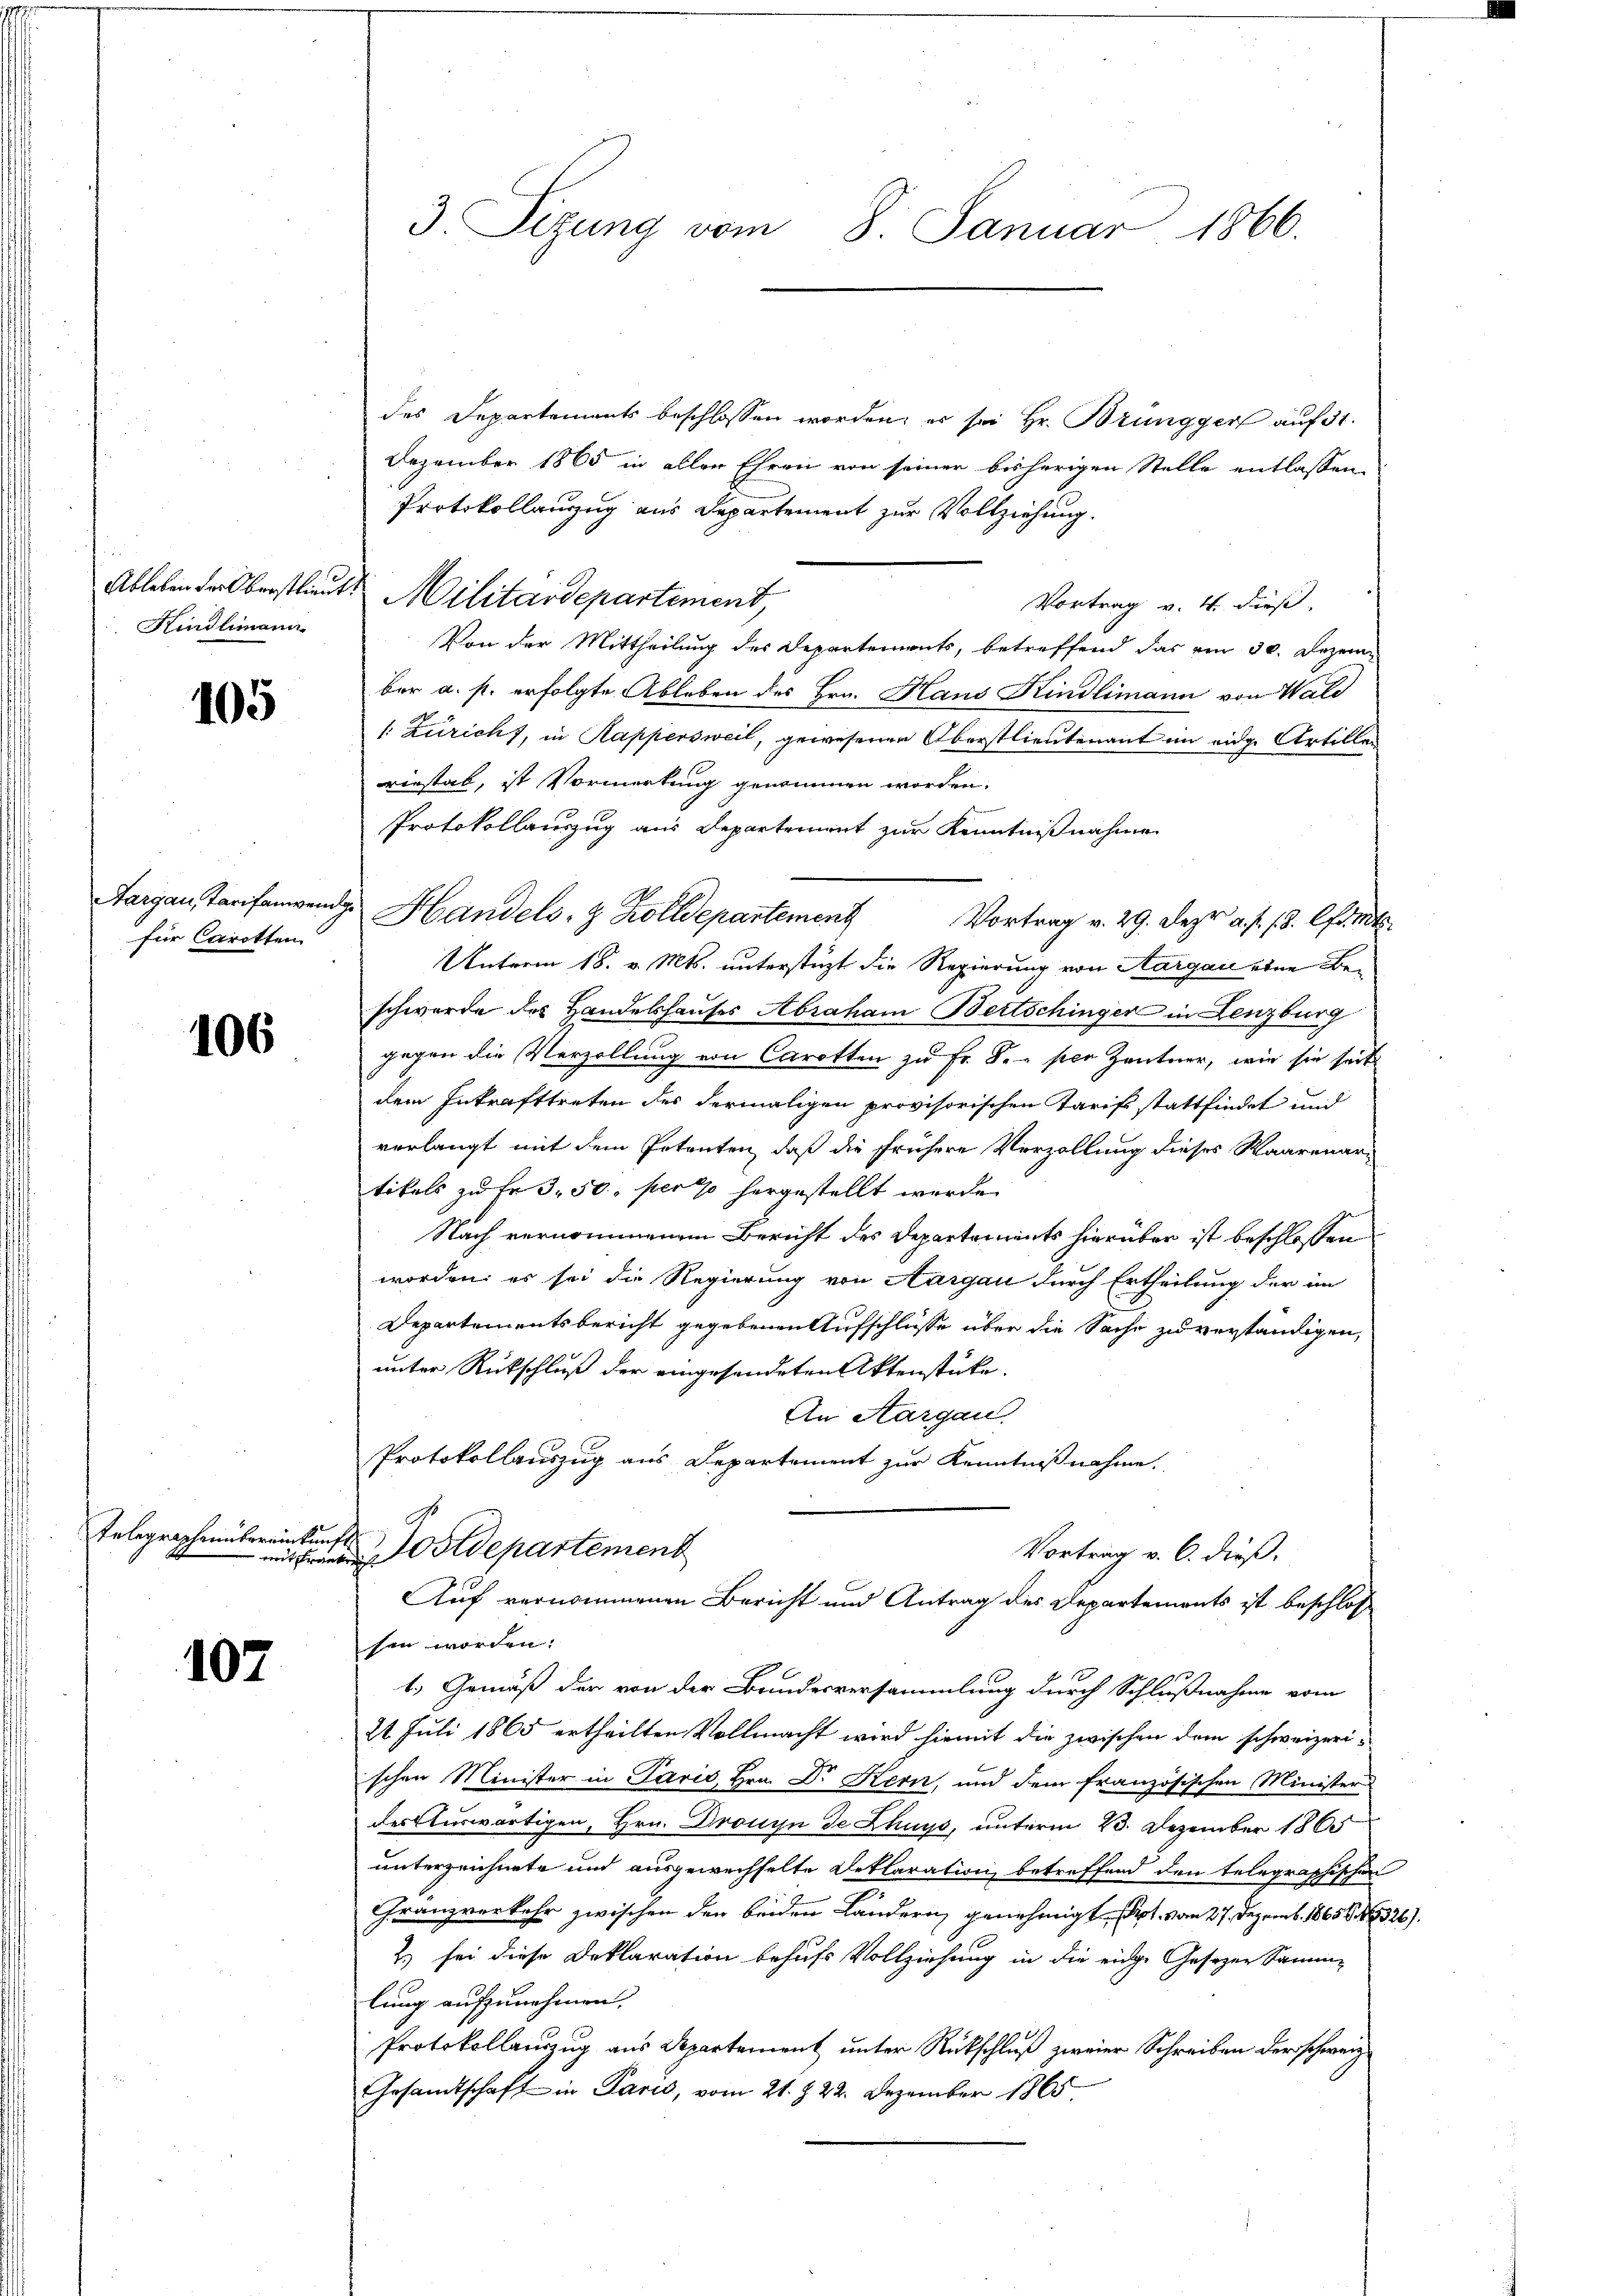
Kindlimann

105

Aargau, Tarifenwei
für Carotten

106

Telegraphenbereinkunft

107

3. Sizung vom 8. Januar 1866.

des Departements beschlossen worden, er sei Hr. Brüngger auf 31.
Dezember 1865 in allen Ehren von seiner bisherigen Stelle entlassen
Protokollanzug aus Departement zur Vollziehung.
Ableben der Oberstlieute Militärdepartement
Vortrag v. 4. dieß.
Von der Mittheilung des Departements, betreffend das vom 30. Dezem
ber a. p. erfolgte Ableben des Hrn. Haus Kindlimann von Wald
/: Züricht, in Kappersweil, gewesenen Oberstlieutenant im eidge Artillen
riestab, ist Vormerkung genommen worden.
Protokollauszug aus Departement zur Kenntnißnahme
u Handels- & Zolldepartement Vortrag v. 29. Dez. a. f. 18. Cant
Unterm 18. v. Mts. unterstüzt die Regierung von Aargau eine Beschwerde des Handelshauses Abraham Bertschinger in Lenzburg
gegen die Verzollung von Carotten zu Fr. Se per Zentner, wie sie seits
dem Inkrafttreten des dermaligen provisorischen Tarifs stattfindet und
verlangt mit dem Petenten, daß die frühere Verzollung dieses Waarenar-
tikels zu fr. 3. 50 per 10 hergestellt wurde.
Nach vernommenem Bericht des Departements hierüber ist beschlossen
worden, es sei die Regierung von Aargau durch Ertheilung der in
Departementsbericht gegebenen Aufschlüsse über die Sache zu verständigen,
unter Rückschluß der eingesendeten Aktenstücke.
An Aargau.
Protokollauszug aus Departement zur Kenntnißnahme.
stdepartement
Vortrag v. 6. dieß.
Auf vernommenen Bericht und Antrag des Departements ist beschloß
sen worden.
1.) Gemäß der von der Brindesversammlung durch Schlußnahme vom
24. Juli 1865 ertheilten Vollmacht wird hiemit die zwischen dem schweizerischen Minister in Paris, Hrn. Dr Kern, und dem französischen Minister
des Auswärtigen, Hrn. Dronin de Chuys, unterm 23. Dezember 1865
unterzeichnete und ausgewechselte Deklaration betreffend den telegraphischen
Franzverkehr zwischen den beiden Landern genehmigt. Sept vom 27. Dezemb. 18656. 1326)
2.) sei diese Deklaration behufs Vollziehung in die eine Gesezen Samm-
lung aufzunehmen.
Protokollenzug aus Departement unter Rückschluß zweier Schreiben der schweiz.
Gesandtschaft in Paris, vom 21. § 22. Dezember 1865